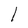
Character: l